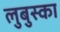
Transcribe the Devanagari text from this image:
लुबुस्का